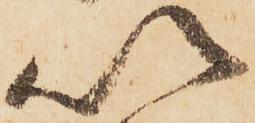
以